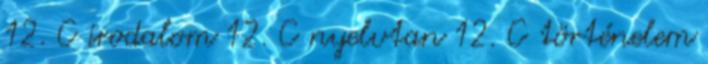
12. C irodalom 12. C nyelvtan 12. C történelem